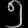
Digit: ၅